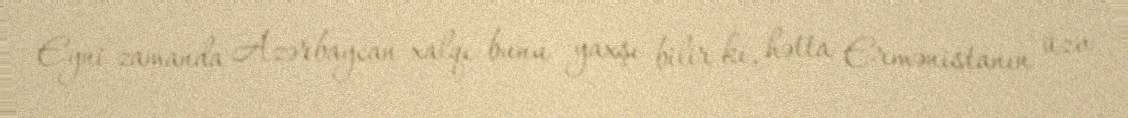
Eyni zamanda Azərbaycan xalqı bunu yaxşı bilir ki, hətta Ermənistanın üzv